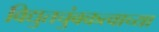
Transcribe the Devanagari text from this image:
विद्युतचुंबकत्वाच्या